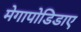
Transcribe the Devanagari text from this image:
मेगापोडिडाए